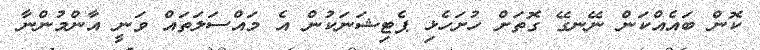
ކޮން ބައެއްކަން ނޭނގޭ ގޮތަށް ހުށަހެޅި ޕެޓިޝަނަކުން އެ މައްސަލަތައް ވަނީ އާންމުންނާ